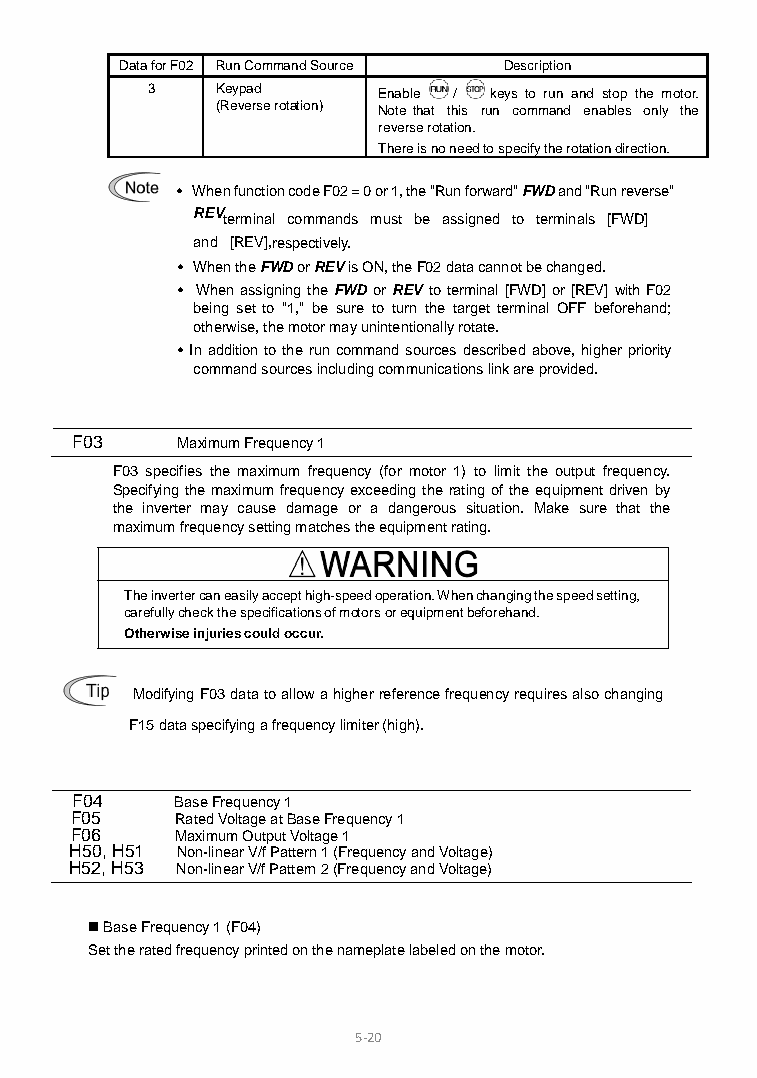
Data for F02 Run Command Source Description
 3   Keypad     Enable / keys to run and stop the motor.
 (Reverse rotation) Note that this run command enables only the
 reverse rotation.
 There is no need to specify the rotation direction.
 • When function code F02 = 0 or 1, the "Run forward" FWD and "Run reverse"
 REVterminal commands must be assigned to terminals [FWD]
 and [REV],respectively.
 • When the FWD or REV is ON, the F02 data cannot be changed.
 • When assigning the FWD or REV to terminal [FWD] or [REV] with F02
 being set to "1," be sure to turn the target terminal OFF beforehand;
 otherwise, the motor may unintentionally rotate.
 • In addition to the run command sources described above, higher priority
 command sources including communications link are provided.
 F03    Maximum Frequency 1
 F03 specifies the maximum frequency (for motor 1) to limit the output frequency.
 Specifying the maximum frequency exceeding the rating of the equipment driven by
 the inverter may cause damage or a dangerous situation. Make sure that the
 maximum frequency setting matches the equipment rating.
 The inverter can easily accept high-speed operation. When changing the speed setting,
 carefully check the specifications of motors or equipment beforehand.
 Otherwise injuries could occur.
 Modifying F03 data to allow a higher reference frequency requires also changing
 F15 data specifying a frequency limiter (high).
 F04    Base Frequency 1
 F05    Rated Voltage at Base Frequency 1
 F06    Maximum Output Voltage 1
 H50, H51 Non-linear V/f Pattern 1 (Frequency and Voltage)
 H52, H53 Non-linear V/f Pattern 2 (Frequency and Voltage)
  Base Frequency 1 (F04)
 Set the rated frequency printed on the nameplate labeled on the motor.
 5-2 0